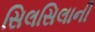
સિલસિલાની